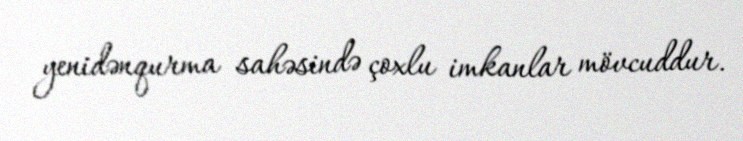
yenidənqurma sahəsində çoxlu imkanlar mövcuddur.